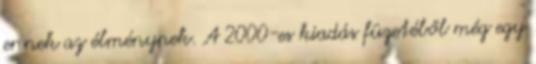
ennek az élménynek. A 2000-es kiadás füzetéből még egy